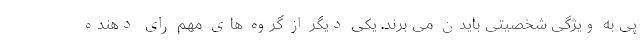
پی به ویژگی شخصیتی بایدن می برند. یکی دیگر از گروه های مهم رای دهنده